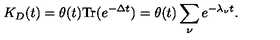
K _ { D } ( t ) = \theta ( t ) \mathrm { T r } ( e ^ { - \Delta t } ) = \theta ( t ) \sum _ { \nu } e ^ { - \lambda _ { \nu } t } .